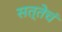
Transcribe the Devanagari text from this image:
सत्तेचं